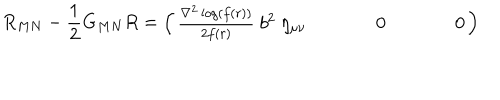
R _ { M N } - \frac { 1 } { 2 } G _ { M N } R = \left( \begin{array} { c c c } { { \frac { \nabla ^ { 2 } \log ( f ( r ) ) } { 2 f ( r ) } ~ b ^ { 2 } ~ \eta _ { \mu \nu } } } & { { ~ } } & { { ~ \ } } & { { 0 } } & { { ~ \ } } & { { ~ } } & { { 0 } } \\ \end{array} \right)